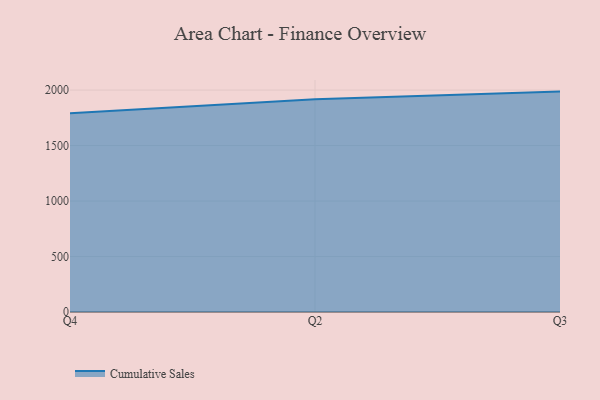
{"axis": {"x": "Quarter", "y": "Energy Usage (MWh)"}, "legend": ["Cumulative Sales"], "data": [{"x": "Q4", "y": 1790.9, "type": "Cumulative Sales"}, {"x": "Q2", "y": 1916.8, "type": "Cumulative Sales"}, {"x": "Q3", "y": 1986.3, "type": "Cumulative Sales"}]}